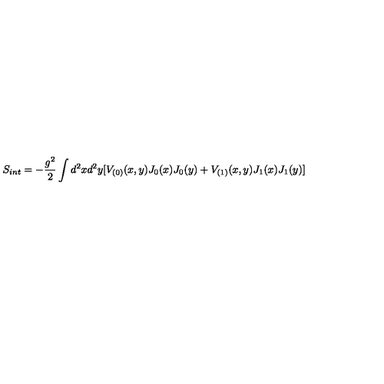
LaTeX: S _ { i n t } = - \frac { g ^ { 2 } } { 2 } \int d ^ { 2 } x d ^ { 2 } y [ V _ { ( 0 ) } ( x , y ) J _ { 0 } ( x ) J _ { 0 } ( y ) + V _ { ( 1 ) } ( x , y ) J _ { 1 } ( x ) J _ { 1 } ( y ) ]